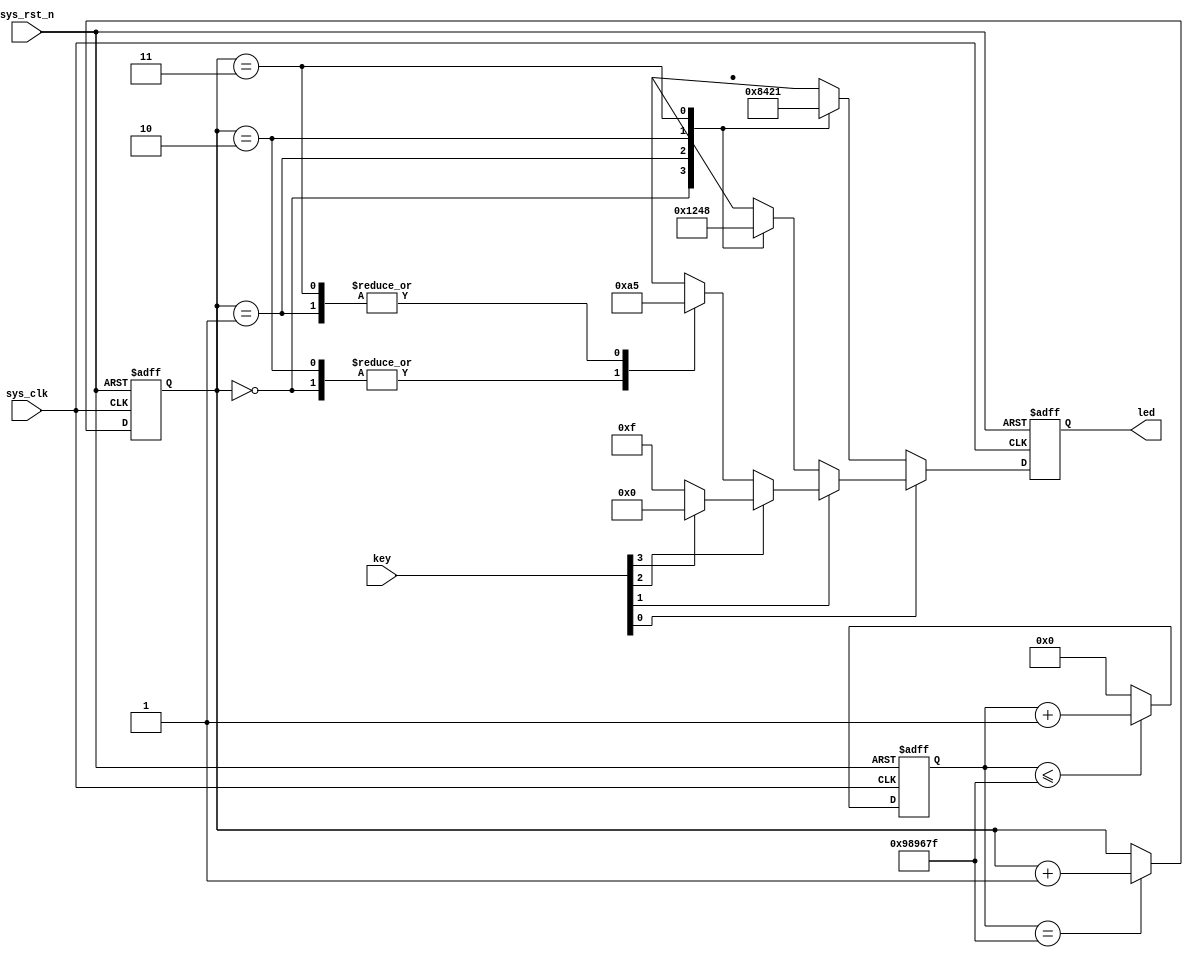
// key_led
module key_led(
	input sys_clk,
	input sys_rst_n,
	input [3:0] key,
	
	output reg [3:0] led);
	
	//reg
	reg [23:0] cnt;
	reg [1:0] led_ctl;
	
	// 0.2s conter
	always@(posedge sys_clk, negedge sys_rst_n)begin
		if(!sys_rst_n) 
			cnt <= 24'd9_999_999;
		else if(cnt <= 24'd9_999_999)
			cnt <= cnt + 1;
		else
			cnt <= 0;
	end
	
	// led status select
	always@(posedge sys_clk, negedge sys_rst_n)begin
		if(!sys_rst_n)
			led_ctl <= 2'b00;
		else if(cnt == 24'd9_999_999)
			led_ctl <= led_ctl + 1'b1;
		else
			led_ctl <= led_ctl;
	end
	
	// detect key
	always@(posedge sys_clk, negedge sys_rst_n)begin
		if(!sys_rst_n)
			led <= 4'b0000;
		else if(key[0] == 0)
			case(led_ctl)
				2'b00 : led <= 4'b1000;
				2'b01 : led <= 4'b0100;
				2'b10 : led <= 4'b0010;
				2'b11 : led <= 4'b0001;
				default : led <= 4'b0000;
			endcase
		else if(key[1] == 0)
			case(led_ctl)
				2'b00 : led <= 4'b0001;
				2'b01 : led <= 4'b0010;
				2'b10 : led <= 4'b0100;
				2'b11 : led <= 4'b1000;
				default : led <= 4'b0000;
			endcase
		else if(key[2] == 0)
			case(led_ctl)
				2'b00 : led <= 4'b1010;
				2'b01 : led <= 4'b0101;
				2'b10 : led <= 4'b1010;
				2'b11 : led <= 4'b0101;
				default : led <= 4'b0000;
			endcase
		else if(key[3] == 0)
			led = 4'b1111;
		else
			led <= 4'b0000;
			//case(led_ctl)
			//	2'b00 : led <= 4'b1000;
			//	2'b01 : led <= 4'b0000;
			//	2'b10 : led <= 4'b1000;
			//	2'b11 : led <= 4'b0000;
			//	default : led <= 4'b0000;
			//endcase
	end
	
endmodule